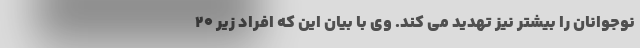
نوجوانان را بیشتر نیز تهدید می کند. وی با بیان این که افراد زیر ۲۰